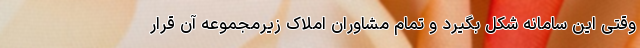
وقتی این سامانه شکل بگیرد و تمام مشاوران املاک زیرمجموعه آن قرار